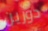
دورين